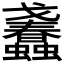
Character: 𧕹